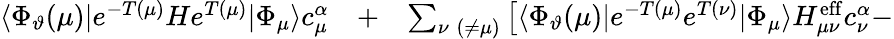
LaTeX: \begin{array}{rlr}{\langle\Phi_{\vartheta}(\mu)|e^{-T(\mu)}He^{T(\mu)}|\Phi_{\mu}\rangle c_{\mu}^{\alpha}}&{{}+}&{\sum_{\nu\; (\neq\mu)}\left[\langle\Phi_{\vartheta}(\mu)|e^{-T(\mu)}e^{T(\nu)}|\Phi_{\mu}\rangle H_{\mu\nu}^{\mathrm{eff}}c_{\nu}^{\alpha}\right.-}\end{array}